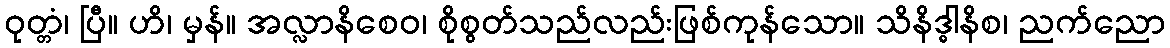
ဝုတ္တံ၊ ပြီ။ ဟိ၊ မှန်။ အလ္လာနိစေဝ၊ စိုစွတ်သည်လည်းဖြစ်ကုန်သော။ သိနိဒ္ဓါနိစ၊ ညက်ညော